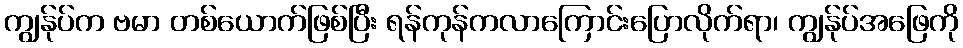
ကျွန်ုပ်က ဗမာ တစ်ယောက်ဖြစ်ပြီး ရန်ကုန်ကလာကြောင်းပြောလိုက်ရာ၊ ကျွန်ုပ်အဖြေကို